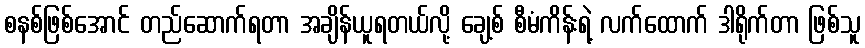
စနစ်ဖြစ်အောင် တည်ဆောက်ရတာ အချိန်ယူရတယ်လို့ ချေ့စ် စီမံကိန်းရဲ့ လက်ထောက် ဒါရိုက်တာ ဖြစ်သူ